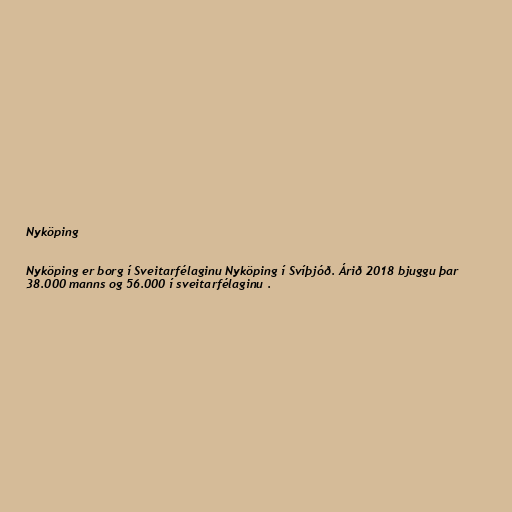
Nyköping

Nyköping er borg í Sveitarfélaginu Nyköping í Svíþjóð. Árið 2018 bjuggu þar
38.000 manns og 56.000 í sveitarfélaginu .